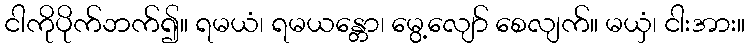
ငါကိုပိုက်ဘက်၍။ ရမယံ၊ ရမယန္တော၊ မွေ့လျော် စေလျက်။ မယှံ၊ ငါးအား။